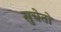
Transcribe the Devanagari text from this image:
सुचेतो